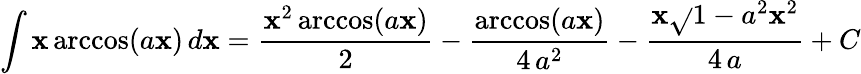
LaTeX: \int\mathbf{x}\operatorname{arccos}(a\mathbf{x})\, d\mathbf{x}={\frac{{\mathbf{x}^{2}\operatorname{arccos}(a\mathbf{x})}}{{2}}}-{\frac{{\operatorname{arccos}(a\mathbf{x})}}{{4\, a^{2}}}}-{\frac{{\mathbf{x}{\sqrt{}{{1-a^{2}\mathbf{x}^{2}}}}}}{{4\, a}}}+C